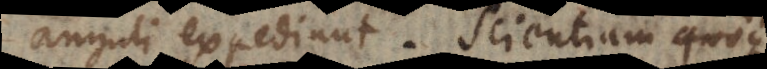
anguli expediunt. Scientiam itaque